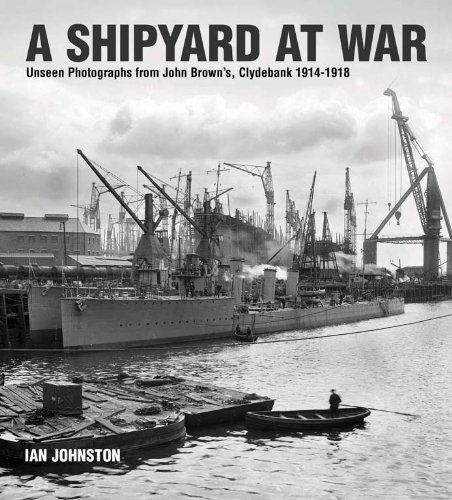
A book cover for A Shipyard at War: Unseen Photographs from John Brown's Clydebank, 1914-1918; Ian Johnston; Arts & Photography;